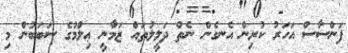
ފަންސާސް އަހަރު ކުރިން އެނގެން ނެތް ދަލީލުތައް ޒަމާނީ ޢިލްމުގެ ސަބަބުން މި